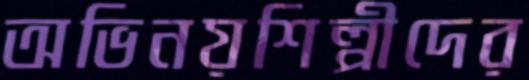
অভিনয়শিল্পীদের